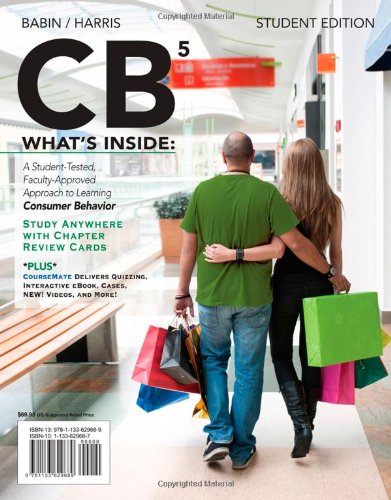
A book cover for CB 5 (with CourseMate Printed Access Card) (New, Engaging Titles from 4LTR Press); Barry J. Babin; Business & Money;